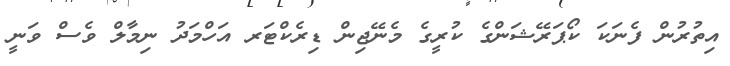
އިތުރުން ފެނަކަ ކޯޕަރޭޝަންގެ ކުރީގެ މެނޭޖިން ޑިރެކްޓަރ އަހްމަދު ނިމާލް ވެސް ވަނީ